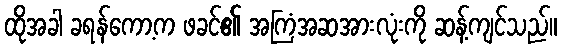
ထိုအခါ ခရန်ကော့က ဖခင်၏ အကြံအဆအားလုံးကို ဆန့်ကျင်သည်။